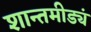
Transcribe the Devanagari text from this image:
शान्तमीड्यं